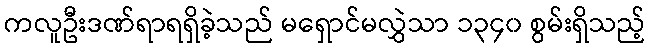
ကလူဦးဒဏ်ရာရရှိခဲ့သည် မရှောင်မလွှဲသာ ၁၃၄၀ စွမ်းရှိသည့်